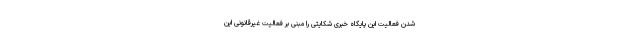
شدن فعالیت این پایگاه خبری شکایتی را مبنی بر فعالیت غیرقانونی این